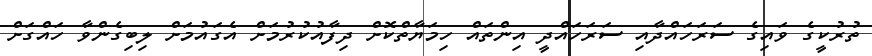
ތުރުކީގެ ވައިގެ ސަރަހައްދާއި ސަރަހައްދީ އިންތައް ހިމަޔާތްކޮށް ދިފާއުކުރުމަށް އެގައުމަށް ލިބިގެންވާ ހައްގަށް